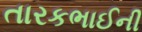
તારકભાઈની